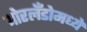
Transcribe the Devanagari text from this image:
ओरलँडोमध्ये